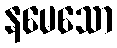
နမေသော